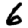
Digit: 6